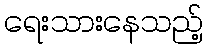
ရေးသားနေသည့်